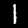
Digit: 1